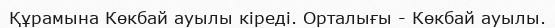
Құрамына Көкбай ауылы кіреді. Орталығы - Көкбай ауылы.